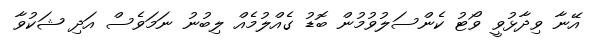
އޭނާ ވިދާޅުވީ ވޯޓު ކެންސަލުވުމުން ބޮޑު ގެއްލުމެއް ލިބުނު ނަމަވެސް އަދި ޝަކުވާ